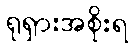
ရုရှားအစိုးရ